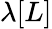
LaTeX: \lambda[L]